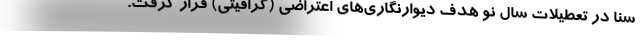
سنا در تعطیلات سال نو هدف دیوارنگاری‌های اعتراضی (گرافیتی) قرار گرفت.